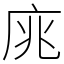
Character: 庣